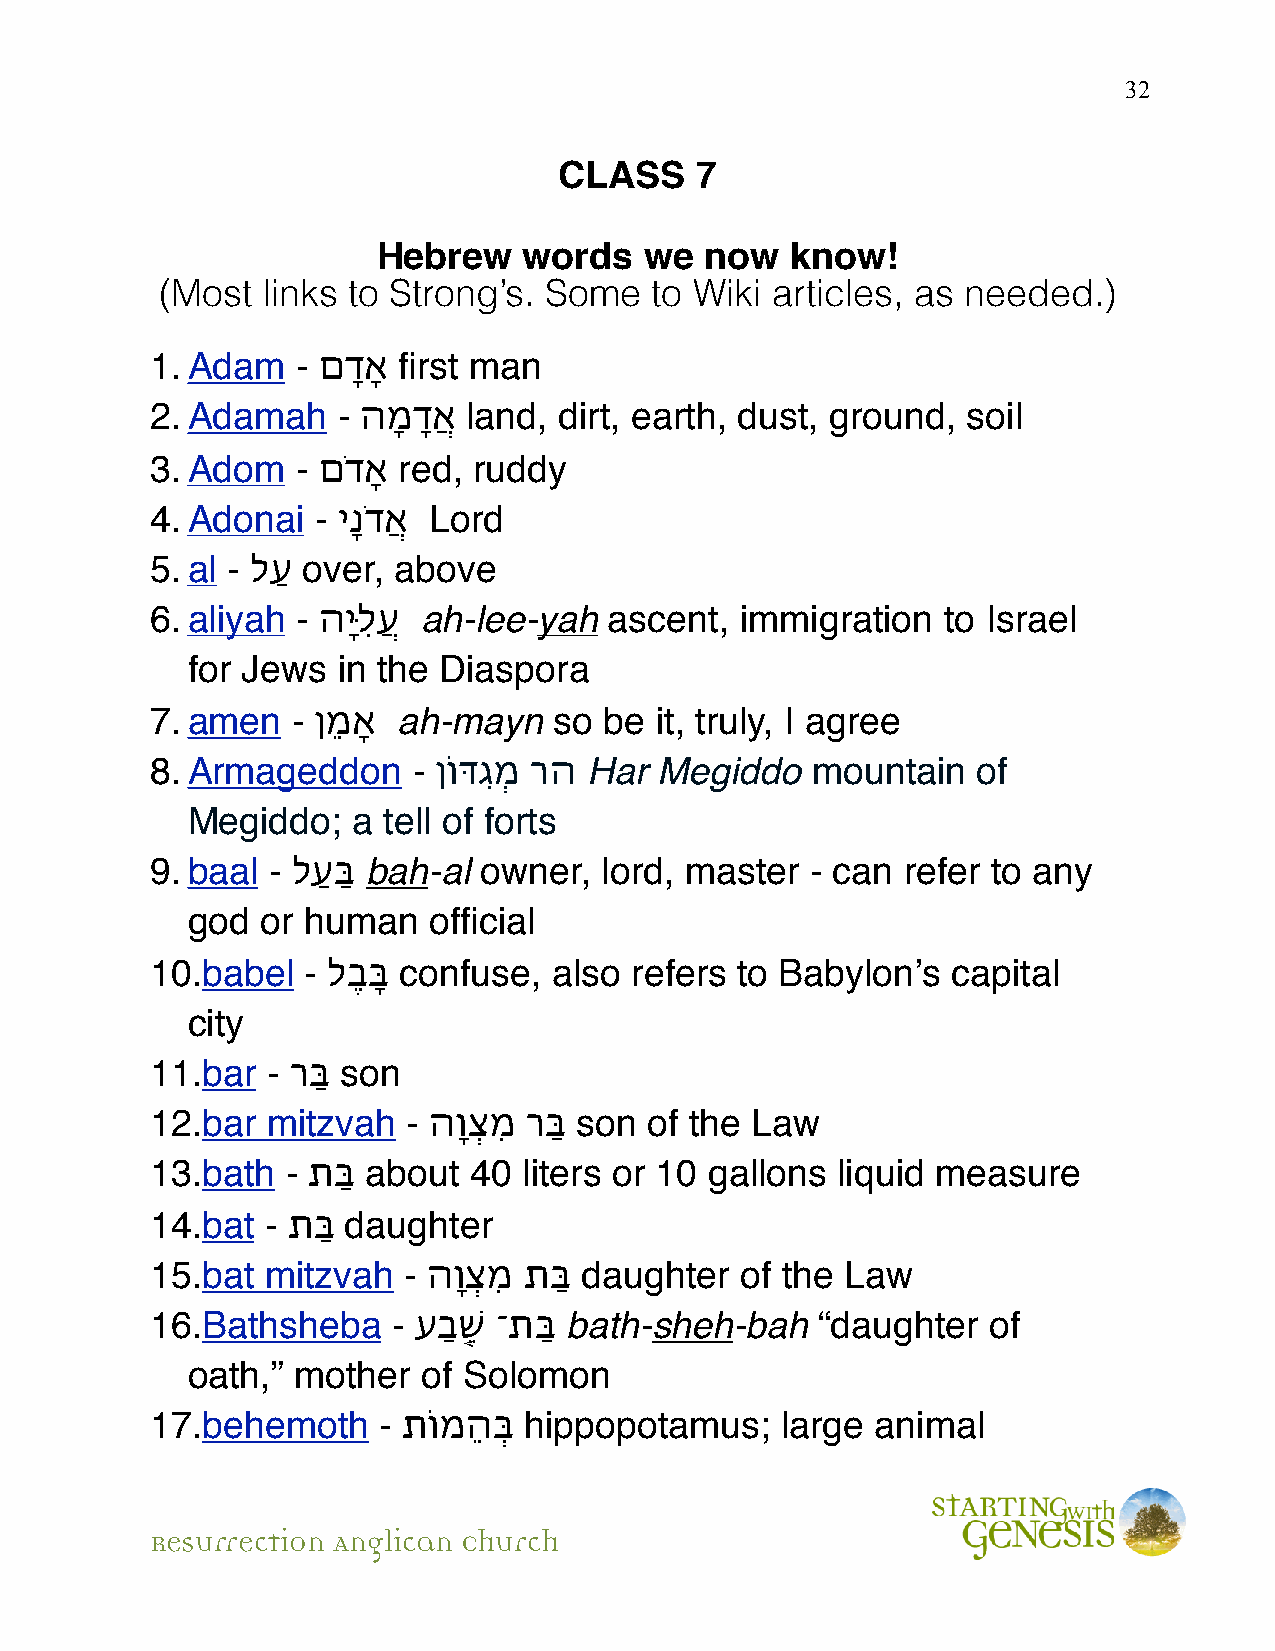
32
 CLASS    7
 Hebrew    words   we  now  know!
 (Most  links to Strong’s. Some   to Wiki articles, as needed.)
 1.Adam    - םדָָא first man
 2.Adamah    - הָמדֲָא land, dirt, earth, dust, ground, soil
 3.Adom    - םדָֹא red, ruddy
 4.Adonai   - יָנדֲֹא Lord
 5.al - לַע over, above
 6.aliyah  - הָּיִלֲע ah-lee-yah ascent, immigration to Israel
 for Jews  in the Diaspora
 7.amen   - ןֵמָא ah-mayn   so be it, truly, I agree
 8.Armageddon     - ןוֹדִּגְמ רה Har Megiddo mountain   of
 Megiddo;   a tell of forts
 9.baal  - לַעַּב bah-al owner, lord, master - can refer to any
 god  or human   official
 10.babel  - לֶבָּב confuse, also refers to Babylon’s capital
 city
 11.bar  - רַּב son
 12.bar  mitzvah  - הָוְצִמ רַּב son of the Law
 13.bath  - תַּב about 40 liters or 10 gallons liquid measure
 14.bat  - תַּב daughter
 15.bat  mitzvah  - הָוְצִמ תַּב daughter of the Law
 16.Bathsheba    - עַבֶׁ֤ש ־תַּב bath-sheh-bah “daughter of
 oath,” mother   of Solomon
 17.behemoth    - תוֹמֵהְּב hippopotamus;  large animal
 Resurrection Anglican Church